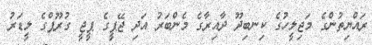
ރައްޔިތުންގެ މަޖިލީހުގެ ކިނބިދޫ ދާއިރާގެ މެންބަރު އަދި ޖޭޕީގެ ޕީޖީ ގުރޫޕްގެ ލީޑަރު